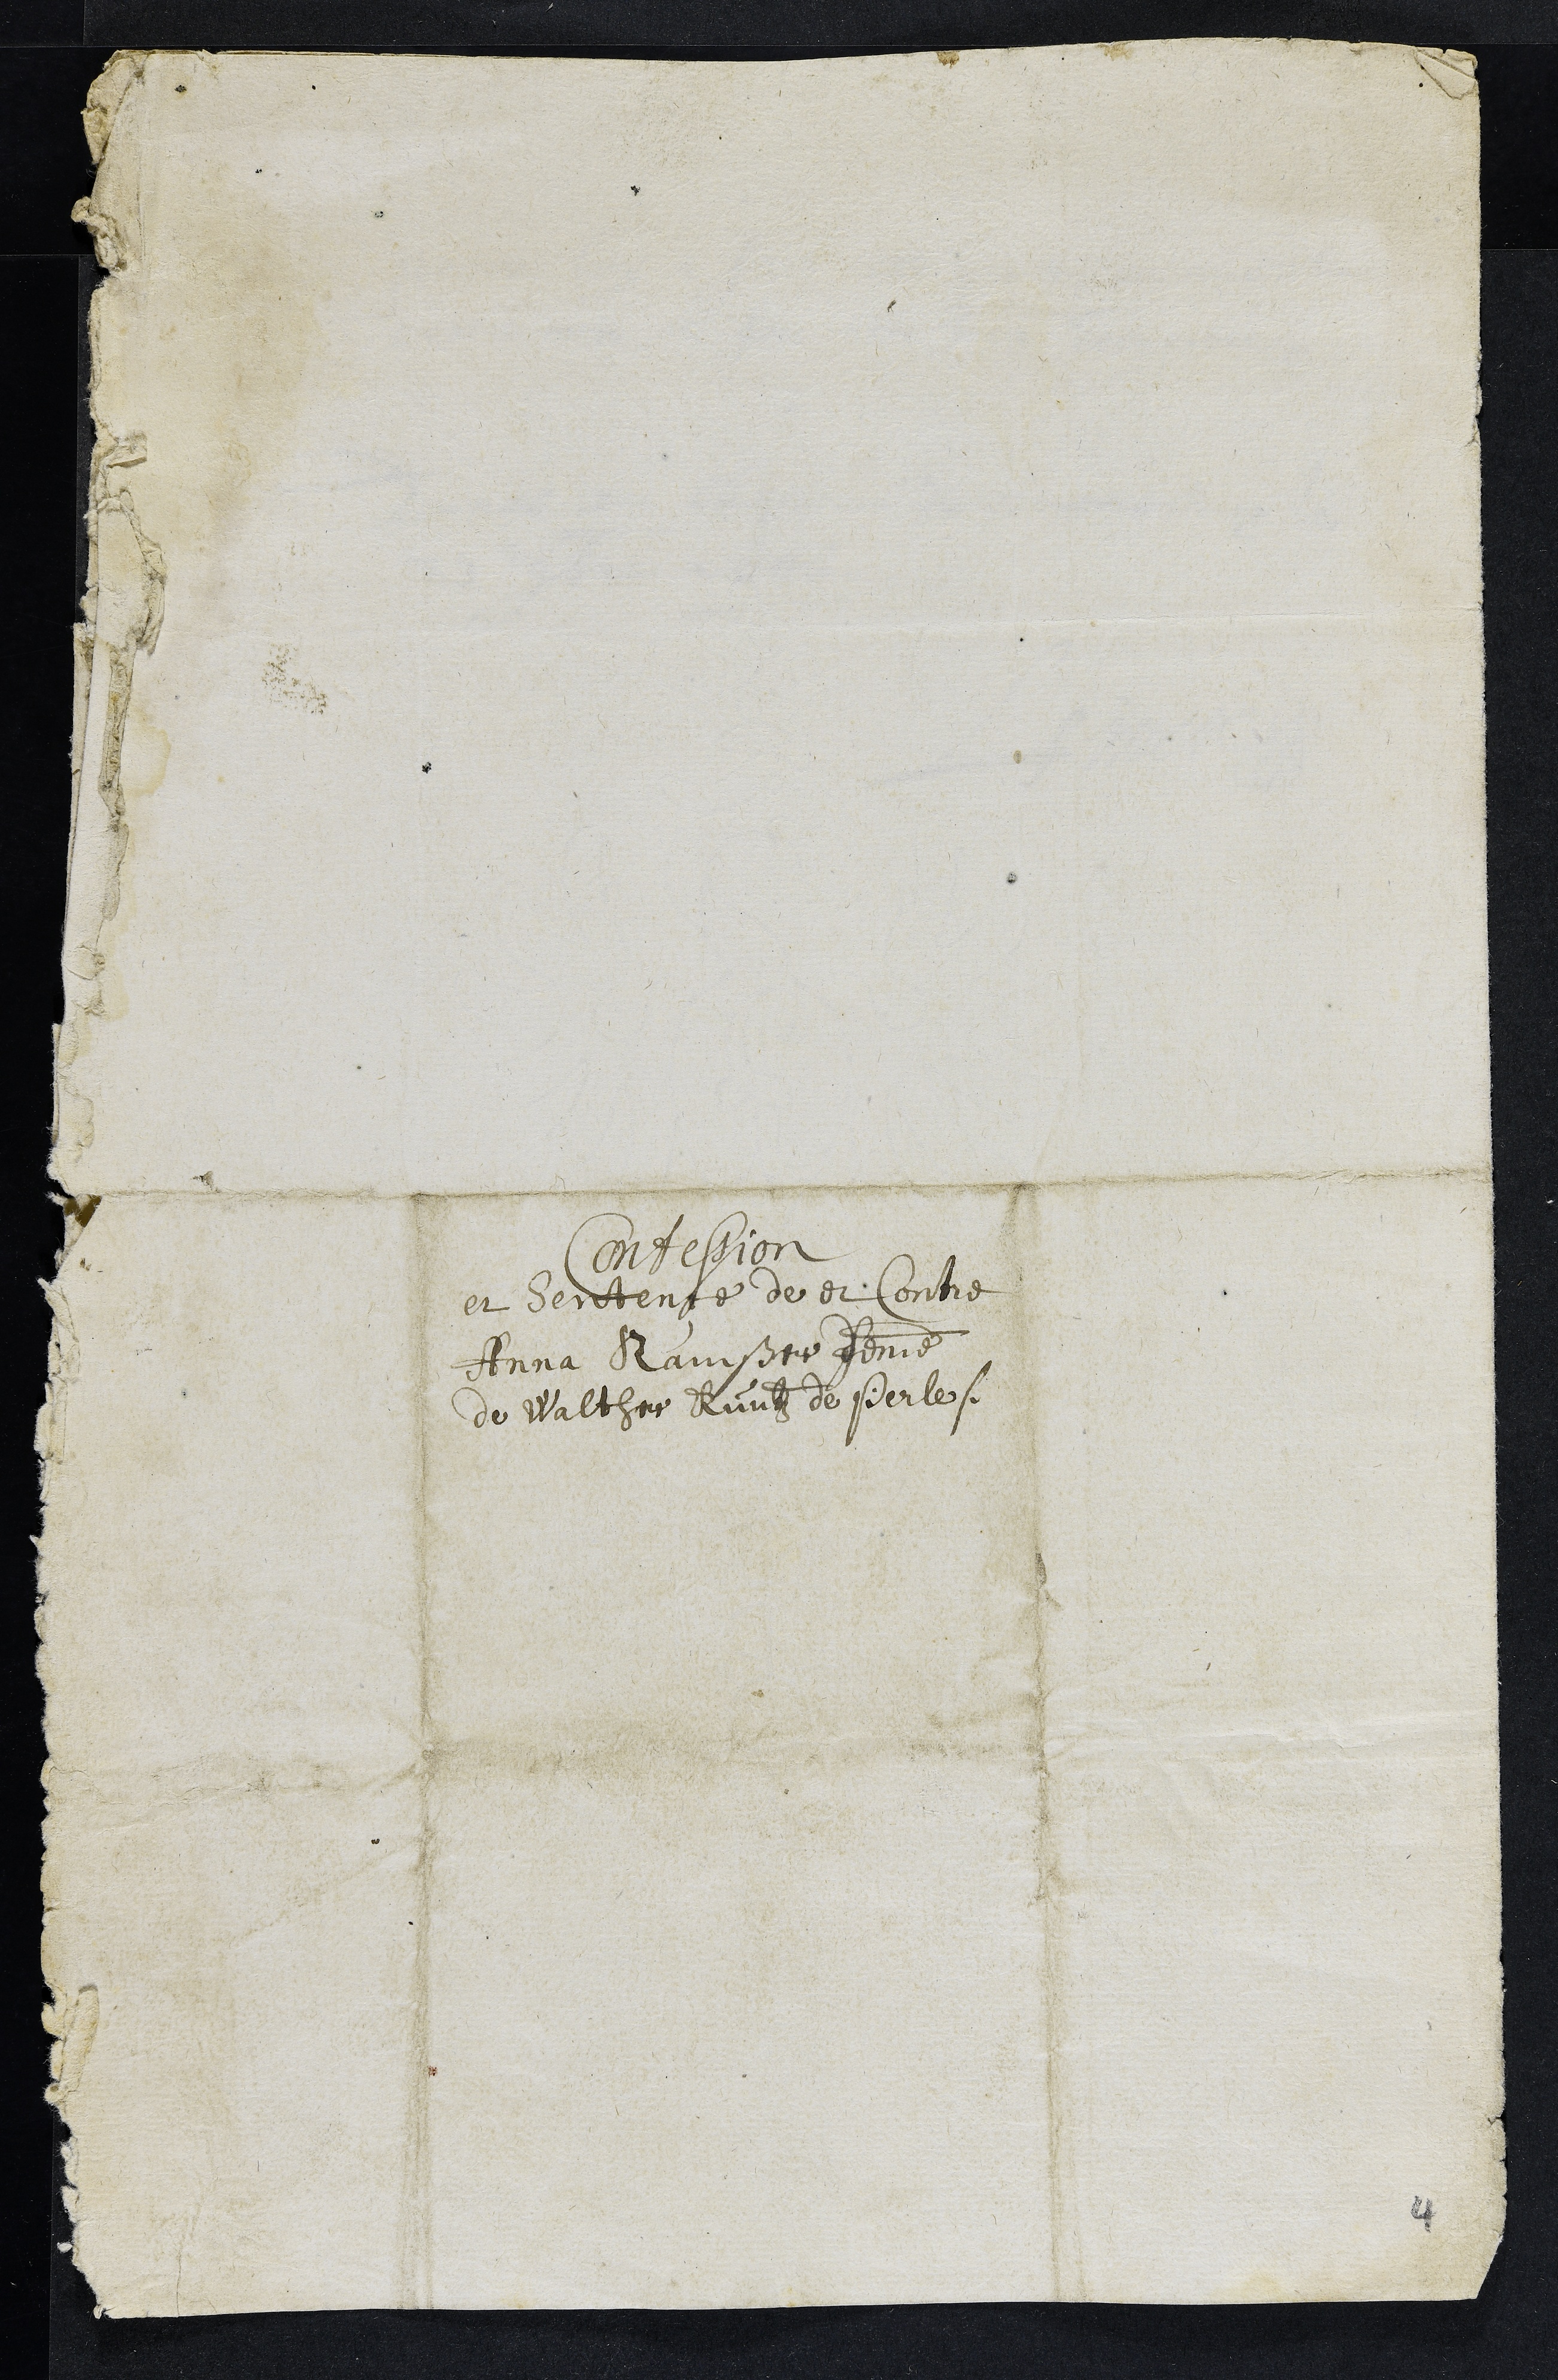
Confession
et Sentence de et Contre
Anna Ramßer femme
de Walther Kuntz de Perle.
4